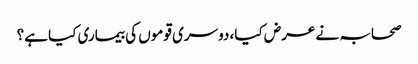
صحابہ نے عرض کیا، دوسری قوموں کی بیماری کیا ہے؟